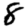
Digit: 8